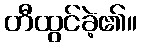
တီထွင်ခဲ့၏။